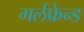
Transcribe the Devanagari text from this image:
गर्लफ्रेन्ड